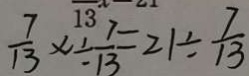
\frac { 7 } { 1 3 } x \div \frac { 7 } { 1 3 } = 2 1 \div \frac { 7 } { 1 3 }